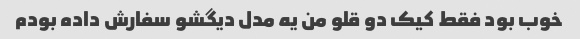
خوب بود فقط کیک دو قلو من یه مدل دیگشو سفارش داده بودم